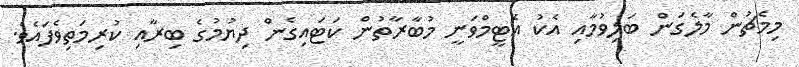
މިމެޗުން މާލެގަން ބަލިވުމާއި އެކު އެޓީމްވަނީ މުބާރާތުން ކަޓައިގެން ދިޔުމުގެ ބިރާއި ކުރިމަތިވެފައެވެ.